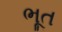
ભૂત